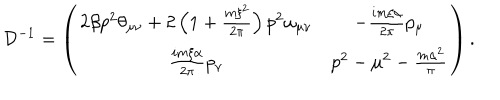
{ \cal D } ^ { - 1 } = \left( \begin{array} { c c } { { 2 \beta p ^ { 2 } \theta _ { \mu \nu } + 2 \left( 1 + \frac { m \xi ^ { 2 } } { 2 \pi } \right) p ^ { 2 } \omega _ { \mu \nu } } } & { { - \frac { i m \xi \alpha } { 2 \pi } p _ { \mu } } } \\ { { \frac { i m \xi \alpha } { 2 \pi } p _ { \nu } } } & { { p ^ { 2 } - \mu ^ { 2 } - \frac { m \alpha ^ { 2 } } { \pi } } } \\ \end{array} \right) .